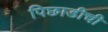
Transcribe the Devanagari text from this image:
पिछाडीची